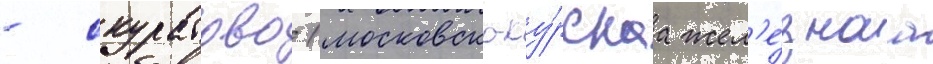
- скуратово (московско-ку́рскаа жел'е́знаа